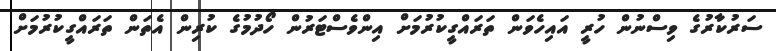
ސަރުކާރުގެ ވިސްނުން ހުރީ އައިހެވަން ތަރައްގީކުރުމަށް އިންވެސްޓަރުން ހޯދުމުގެ ކުރިން އެތަން ތަރައްގީކުރުމަށް